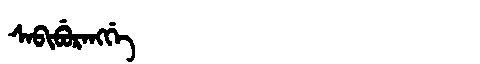
Manchu: ᠰᠠᠪᡳᠪᡠᡵᠠᠩᡤᡝ
Romanization: SABIBURANGGE